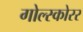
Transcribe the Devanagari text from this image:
गोल्स्कोरर